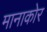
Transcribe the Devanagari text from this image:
मानाकोर